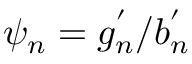
\psi _ { n } = g _ { n } ^ { ' } / b _ { n } ^ { ' }